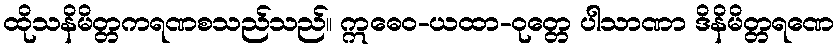
ထိုသနိမိတ္တကရဏစသည်သည်။ ဣဓေဝ-ယထာ-ဝုတ္တေ ပါသာဏာ ဒိနိမိတ္တရဏေ